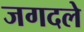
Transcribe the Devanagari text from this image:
जगदले